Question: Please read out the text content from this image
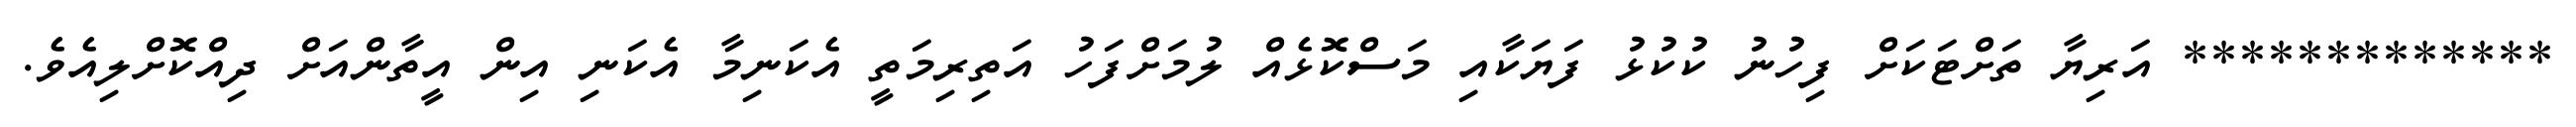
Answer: ************* އަރިޔާ ތަށްޓަކަށް ފިހުނު ކުކުޅު ފަޔަކާއި މަސްކޮޅެއް ލުމަށްފަހު އަތިރިމަތީ އެކަނިމާ އެކަނި އިން އީތާންއަށް ދިއްކޮށްލިއެވެ.